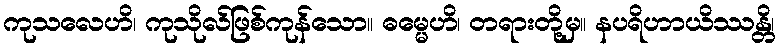
ကုသလေဟိ၊ ကုသိုလ်ဖြစ်ကုန်သော။ ဓမ္မေဟိ၊ တရားတို့မှ။ နပရိဟာယိဿန္တိ၊